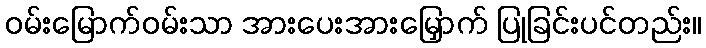
ဝမ်းမြောက်ဝမ်းသာ အားပေးအားမြှောက် ပြုခြင်းပင်တည်း။